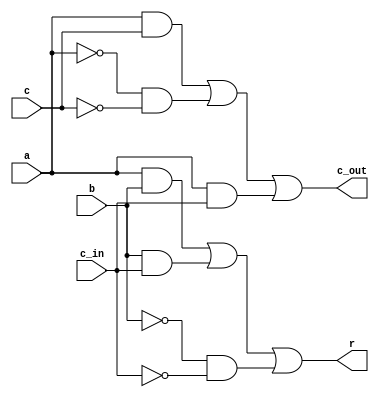
module one_bit_adder (
    input a,b,c,c_in,
    output r, c_out
);
    assign r= (a&b) | (b&c_in) | (~b& ~c_in);
    assign c_out= (a&c) | (~a&~c) | (a&c_in);
endmodule

module eight_bit_adder (
    input [7:0] a,b,c,
    input [1:0] opcode,
    output[7:0] R, c_out,
    output C_out
);
    reg[7:0] A,B,C;


    // 00 corresponds to -A+B+C
    // 01 corresponds to A-B+C
    // 10 corresponds to A+B-C
    // 11 corresponds to A+B+C

    always @(a or b or c) begin
        if(opcode==2'b00) begin
            A=~a+1;
        end
        else if(opcode==2'b10) begin
            C=~c+1;
        end
        else if(opcode==2'b01) begin
            B=~b+1;
        end
    end
    one_bit_adder adder1(A[0],B[0],C[0],1'b0,R[0],c_out[0]);
    one_bit_adder adder2(A[1],B[1],C[1],c_out[0],R[1],c_out[1]);
    one_bit_adder adder3(A[2],B[2],C[2],c_out[1],R[2],c_out[2]);
    one_bit_adder adder4(A[3],B[3],C[3],c_out[2],R[3],c_out[3]);
    one_bit_adder adder5(A[4],B[4],C[4],c_out[3],R[4],c_out[4]);
    one_bit_adder adder6(A[5],B[5],C[5],c_out[4],R[5],c_out[5]);
    one_bit_adder adder7(A[6],B[6],C[6],c_out[5],R[6],c_out[6]);
    one_bit_adder adder8(A[7],B[7],C[7],c_out[6],R[7],c_out[7]);
    assign C_out=c_out[7];
    
endmodule
module tb;
      reg [7:0] A,B,C;
      wire [7:0] R, c_out;
      wire C_out;
      reg [1:0] opcode;

      eight_bit_adder adder(A,B,C,opcode,R,c_out,C_out);
      
      initial begin
        A = 0;
        B = 0;
        C = 0;
        opcode=2'b11;
        #2;
        $display("A = %d, B = %d, C = %d, opcode = %d, R = %d, Carry = %d", A, B, C,opcode, R, C_out);
        $monitor("A = %d, B = %d, C = %d, opcode = %d, R = %d, Carry = %d", A, B, C,opcode, R, C_out);

        repeat(10) begin
            A = $random;
            B = $random;
            C = $random;
            opcode=$random;
            #15;
        end
    end
endmodule